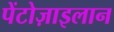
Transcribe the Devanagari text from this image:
पेंटोज़ाइलान